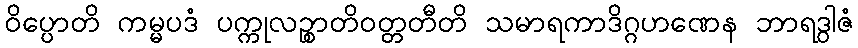
ဝိပ္ပောတိ ကမ္မပဒံ ပက္ကုလဉ္စာတိဝတ္တတီတိ သမာရကာဒိဂ္ဂဟဏေန ဘာရဒွါဇံ